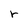
Character: r